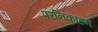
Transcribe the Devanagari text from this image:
परनिकाहन